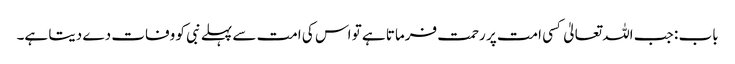
باب : جب اللہ تعالیٰ کسی امت پر رحمت فرماتا ہے تو اس کی امت سے پہلے نبی کو وفات دے دیتا ہے۔